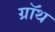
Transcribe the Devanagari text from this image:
ग्रॉथ